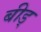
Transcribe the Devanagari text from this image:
बीड्